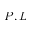
P , L